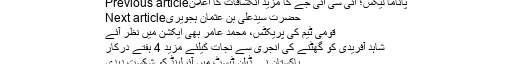
Previous articleپاناما لیکس؛ آئی سی آئی جے کا مزید انکشافات کا اعلان
Next articleحضرت سیدعلی بن عثمان ہجویری
قومی ٹیم کی پریکٹس، محمد عامر بھی ایکشن میں نظر آئے
شاہد آفریدی کو گھٹنے کی انجری سے نجات کیلئے مزید 4 ہفتے درکار
پاکستان نے ڈبلن ٹیسٹ میں آئرلینڈ کو شکست دیدی